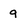
Character: 9